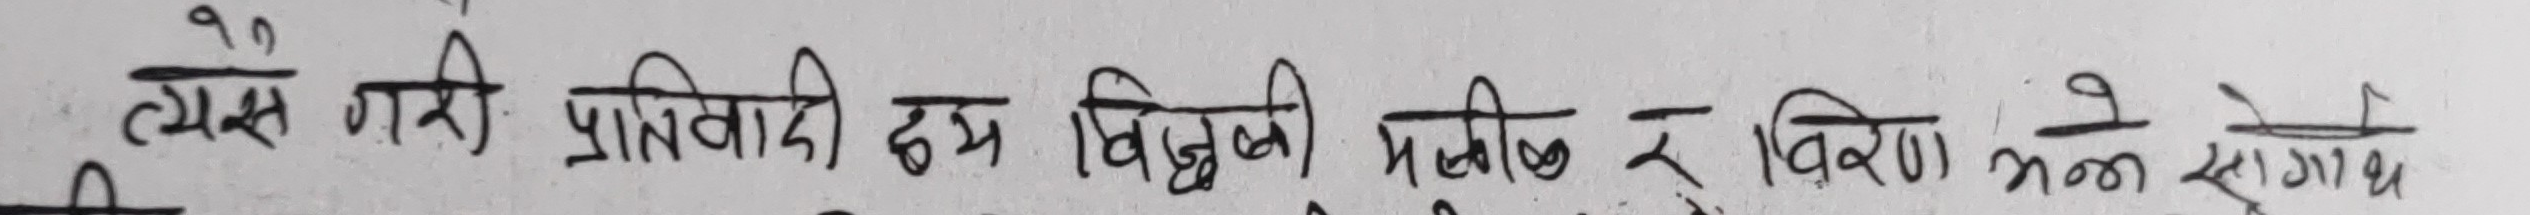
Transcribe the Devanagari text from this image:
त्यस गरि प्रतिवादी ढुम बिक्रेता मध्ये र बिक्रेण भई सोधे ख